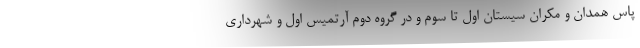
پاس همدان و مکران سیستان اول تا سوم و در گروه دوم آرتمیس اول و شهرداری